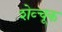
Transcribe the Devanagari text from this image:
शेव्चूक